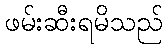
ဖမ်းဆီးရမိသည်